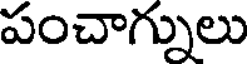
పంచాగ్నులు